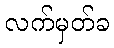
လက်မှတ်ခ